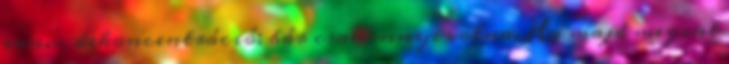
van.- dekoncentráció; bár csak ennyi volna. Ha majd megint